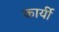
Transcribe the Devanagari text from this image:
कार्यी